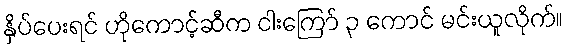
နှိပ်ပေးရင် ဟိုကောင့်ဆီက ငါးကြော် ၃ ကောင် မင်းယူလိုက်။